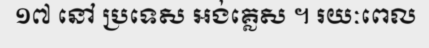
១៧ នៅ ប្រទេស អង់គ្លេស ។ រយៈពេល